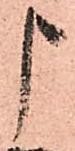
申